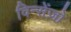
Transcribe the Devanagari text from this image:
विन्सेंज़ो